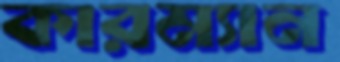
কারম্যান